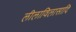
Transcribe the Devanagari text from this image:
लीलाविलासादि